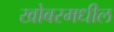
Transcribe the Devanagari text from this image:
खोबरमधील